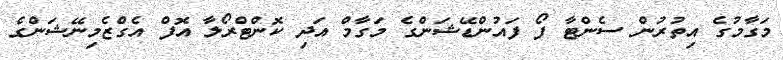
މަގާމުގެ އިތުރުން ސެންޓާ ފޯ ފައުންޑޭޝަންގެ މަގާމް އަދި ކޮންޓްރޯލާ އޮފް އެގްޒެމިނޭޝަންގެ